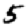
Digit: 5